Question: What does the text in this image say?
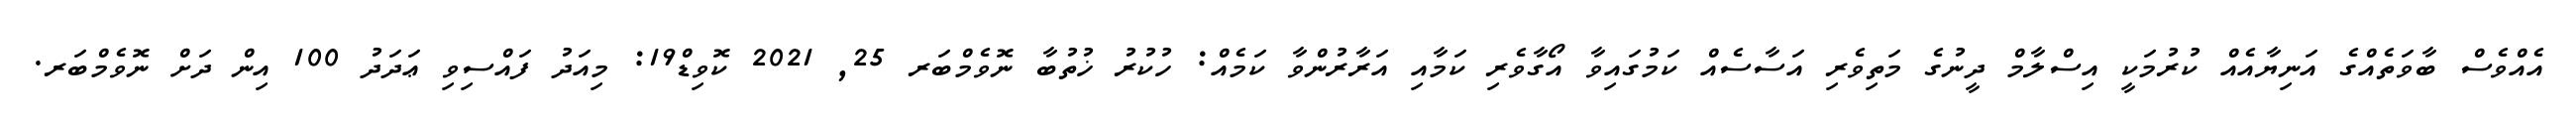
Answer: އެއްވެސް ބާވަތެއްގެ އަނިޔާއެއް ކުރުމަކީ އިސްލާމް ދީނުގެ މަތިވެރި އަސާސެއް ކަމުގައިވާ އޯގާވެރި ކަމާއި އަރާރުންވާ ކަމެއް: ހުކުރު ޚުތުބާ ނޮވެމްބަރ 25, 2021 ކޮވިޑް19: މިއަދު ފައްސިވި ޢަދަދު 100 އިން ދަށް ނޮވެމްބަރ.